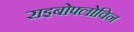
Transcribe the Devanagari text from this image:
राइबोफ्लोविन